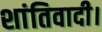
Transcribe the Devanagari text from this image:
शांतिवादी।